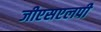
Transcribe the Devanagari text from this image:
जीएसएलपी